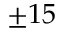
\pm 1 5